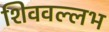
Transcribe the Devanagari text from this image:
शिववल्लभ